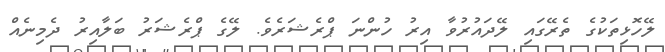
ލޭހޮޅިތަކުގެ ތެރޭގައި ލޭދައުރުވާ އިރު ހުންނަ ޕްރެޝަރެވެ. ލޭގެ ޕްރެޝަރު ބަލާއިރު ދެމިނެއް